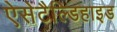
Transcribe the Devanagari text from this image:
ऐसेटैल्डिहाइड